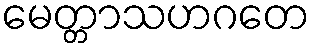
မေတ္တာသဟဂတေ